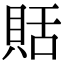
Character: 𧵳